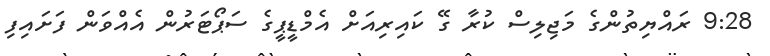
9:28 ރައްޔިތުންގެ މަޖިލިސް ކުރާ ގޭ ކައިރިއަށް އެމްޑީޕީގެ ސަޕޯޓަރުން އެއްވަން ފަށައިފި